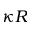
\kappa R